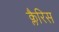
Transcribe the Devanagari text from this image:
क्लैरिस